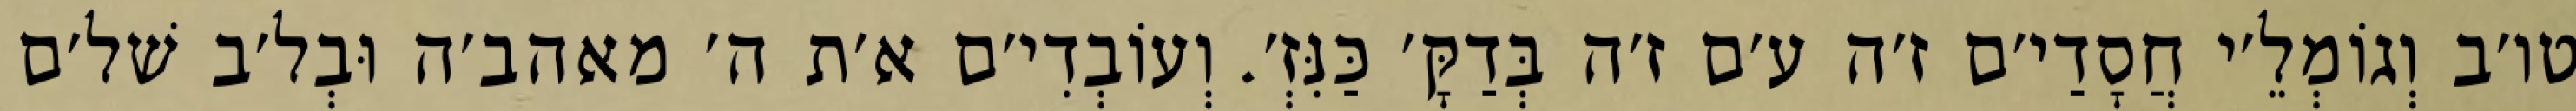
טו׳ב וְגוֹמְלֵ׳י חֲסָדַי׳ם ז׳ה ע׳ם ז׳ה בְּדַקָּ׳ כַּנִּזְ׳. וְעוֹבְדִי׳ם א׳ת ה׳ מאהב׳ה וּבְל׳ב שׁל׳ם